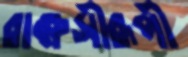
রাক্ষসীরূপী